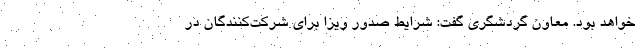
خواهد بود. معاون گردشگری گفت: شرایط صدور ویزا برای شرکت‌کنندگان در